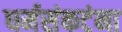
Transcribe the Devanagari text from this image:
धर्मसंकटंना